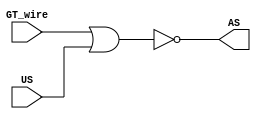
module Aspersao(AS, GT_wire, US);
	input GT_wire, US;
	output AS;
	
	nor NotOr0(AS, GT_wire, US);
	
endmodule